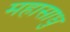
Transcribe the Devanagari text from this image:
महासाधु